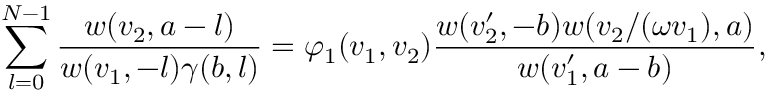
\sum _ { l = 0 } ^ { N - 1 } \frac { w ( v _ { 2 } , a - l ) } { w ( v _ { 1 } , - l ) \gamma ( b , l ) } = \varphi _ { 1 } ( v _ { 1 } , v _ { 2 } ) \frac { w ( v _ { 2 } ^ { \prime } , - b ) w ( v _ { 2 } / ( \omega v _ { 1 } ) , a ) } { w ( v _ { 1 } ^ { \prime } , a - b ) } ,